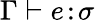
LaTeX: \Gamma\vdash e\! :\! \sigma